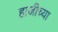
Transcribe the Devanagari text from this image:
हाजीच्या